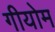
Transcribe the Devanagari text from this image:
गीयोम